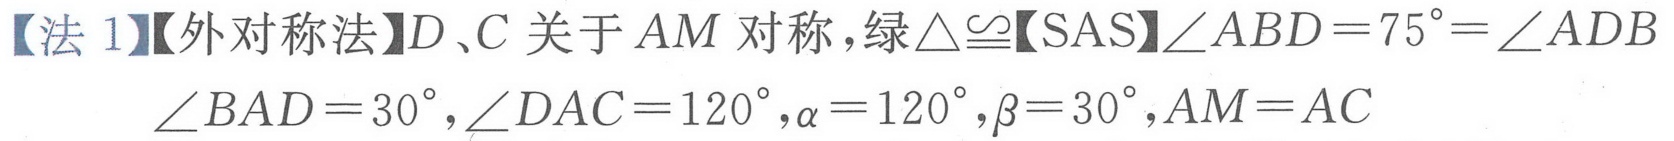
【法 1】【外对称法】$D、C$ 关于 $AM$ 对称，绿$\triangle\cong$【SAS】$\angle ABD = 75^{\circ}=\angle ADB$
$\angle BAD = 30^{\circ},\angle DAC = 120^{\circ},\alpha = 120^{\circ},\beta = 30^{\circ},AM = AC$